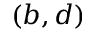
( b , d )